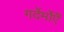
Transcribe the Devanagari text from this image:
गर्देर्मोएँ